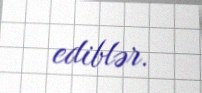
ediblər.